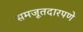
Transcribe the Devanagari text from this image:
समजूतदारपणे